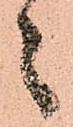
々